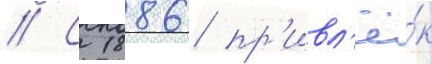
// С 1886 пр'ивл'ё́к